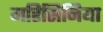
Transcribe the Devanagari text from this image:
मरिसिनिया